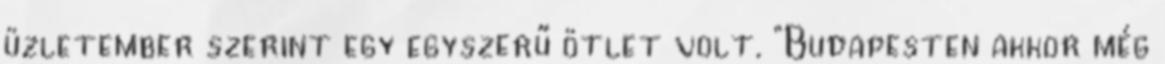
üzletember szerint egy egyszerű ötlet volt. "Budapesten akkor még